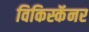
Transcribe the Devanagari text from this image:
विकिस्कॅनर